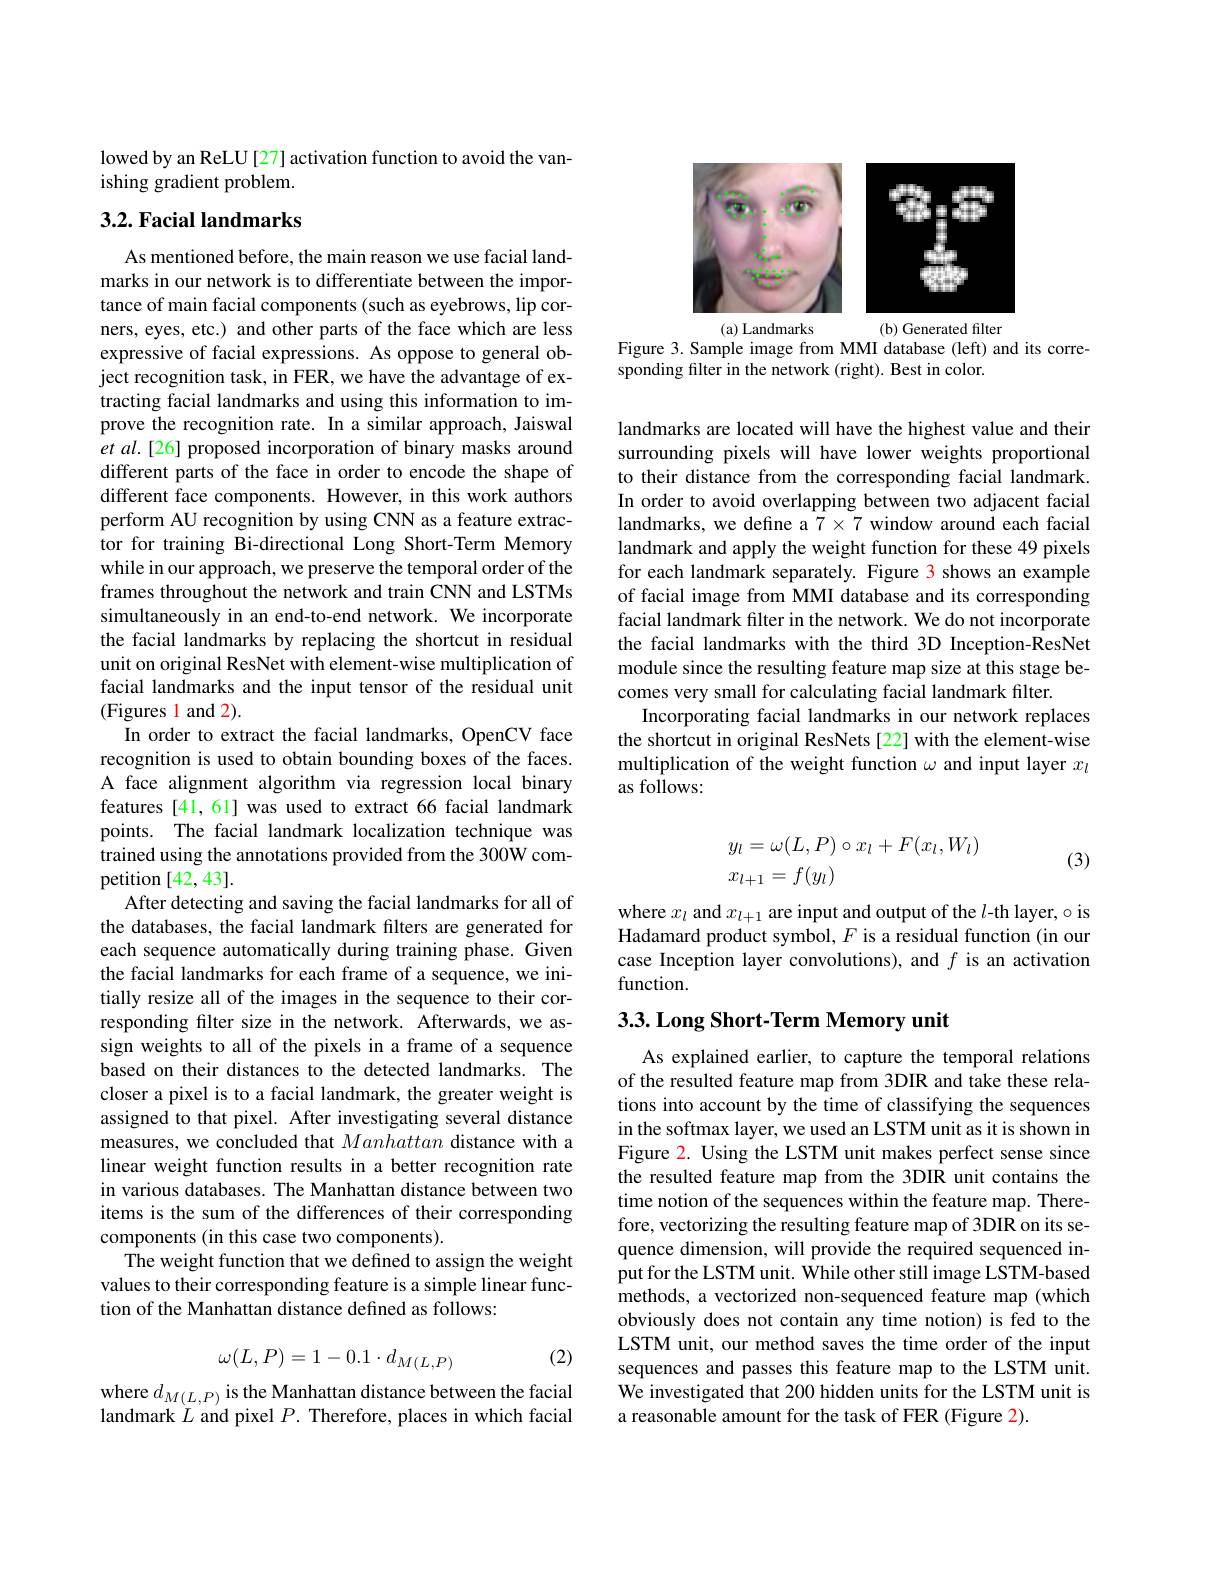
lowed by an ReLU[27] activation function to avoid the van-
ishing gradient problem.

## 3.2. Facial landmarks

As mentioned before, the main reason we use facial landmarks in our network is to differentiate between the importance of main facial components (such as eyebrows, lip corners, eyes, etc.) and other parts of the face which are less expressive of facial expressions. As oppose to general object recognition task, in FER, we have the advantage of extracting facial landmarks and using this information to improve the recognition rate. In a similar approach, Jaiswal et al.[26] proposed incorporation of binary masks around different parts of the face in order to encode the shape of different face components. However, in this work authors perform AU recognition by using CNN as a feature extractor for training Bi-directional Long Short-Term Memory while in our approach, we preserve the temporal order of the frames throughout the network and train CNN and LSTMs simultaneously in an end-to-end network. We incorporate the facial landmarks by replacing the shortcut in residual unit on original ResNet with element-wise multiplication of facial landmarks and the input tensor of the residual unit (Figures l and 2).
In order to extract the facial landmarks, OpenCV face recognition is used to obtain bounding boxes of the faces. A face alignment algorithm via regression local binary features [41,61] was used to extract 66 facial landmark points. The facial landmark localization technique was trained using the annotations provided from the 300W com- ${\mathrm{petition}}[42,43].$
After detecting and saving the facial landmarks for all of the databases, the facial landmark filters are generated for each sequence automatically during training phase. Given the facial landmarks for each frame of a sequence, we initially resize all of the images in the sequence to their corresponding flter size in the network. Afterwards, we assign weights to all of the pixels in a frame of a sequence based on their distances to the detected landmarks. The closer a pixel is to a facial landmark, the greater weight is assigned to that pixel. After investigating several distance measures, we concluded that Manhattan distance with a linear weight function results in a better recognition rate in various databases. The Manhattan distance between two items is the sum of the differences of their corresponding components (in this case two components).
The weight function that we defined to assign the weight values to their corresponding feature is a simple linear function of the Manhattan distance defined as follows:
$$\omega(L,P)=1-0.1\cdot d_{M(L,P)}$$
(2)

where $d_{M(L,P)}$ is the Manhattan distance between the facial landmark $L$ and pixel $P.$ Therefore, places in which facial

<FigureHere>

Figure 3. Sample image from MMI database (left) and its corre-
sponding filter in the network (right). Best in color.

landmarks are located will have the highest value and their surrounding pixels will have lower weights proportional to their distance from the corresponding facial landmark. In order to avoid overlapping between two adjacent facial landmarks, we define a $7\times7$ window around each facial landmark and apply the weight function for these 49 pixels for each landmark separately. Figure 3 shows an example of facial image from MMI database and its corresponding facial landmark filter in the network. We do not incorporate the facial landmarks with the third 3D Inception-ResNet module since the resulting feature map size at this stage becomes very small for calculating facial landmark filter
Incorporating facial landmarks in our network replaces the shortcut in original ResNets [22] with the element-wise multiplication of the weight function $\omega$ and input layer $x_l$ as follows:

(3)
$$\begin{aligned}y_l&=\omega(L,P)\circ x_l+F(x_l,W_l)\\x_{l+1}&=f(y_l)\end{aligned}$$
where $x_l$ and $x_l+1$ are input and output of the $l$-th layer, o is Hadamard product symbol, $F$ is a residual function (in our case Inception layer convolutions), and $f$ is an activation function.

## 3.3. Long Short- Term Memory unit

As explained earlier, to capture the temporal relations of the resulted feature map from 3DIR and take these relations into account by the time of classifying the sequences in the softmax layer, we used an LSTM unit as it is shown in Figure 2. Using the LSTM unit makes perfect sense since the resulted feature map from the 3DIR unit contains the time notion of the sequences within the feature map. Therefore, vectorizing the resulting feature map of 3DIR on its sequence dimension, will provide the required sequenced input for the LSTM unit. While other still image LSTM-based methods, a vectorized non-sequenced feature map (which obviously does not contain any time notion) is fed to the LSTM unit, our method saves the time order of the input sequences and passes this feature map to the LSTM unit. We investigated that 200 hidden units for the LSTM unit is a reasonable amount for the task of FER (Figure 2).